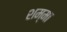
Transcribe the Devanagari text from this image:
शम्मा